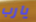
يارب